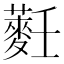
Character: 𱾴